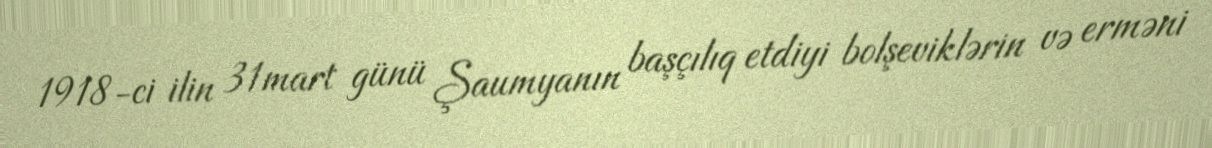
1918-ci ilin 31mart günü Şaumyanın başçılıq etdiyi bolşeviklərin və erməni